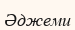
Әджеми